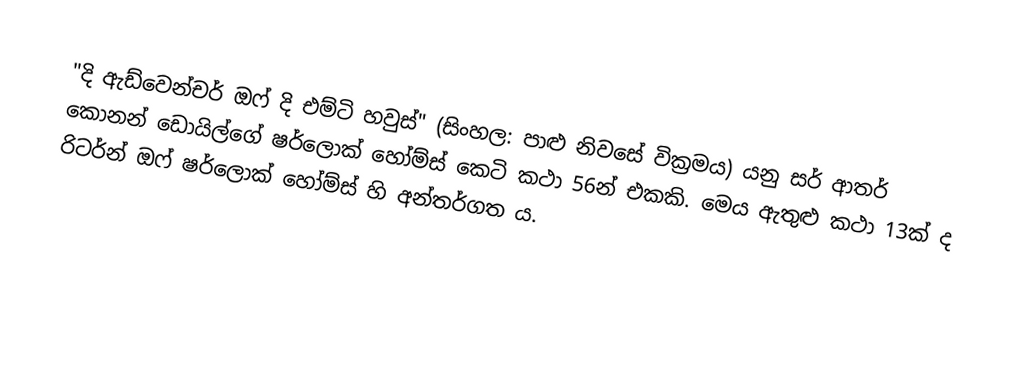
"දි ඇඩ්වෙන්චර් ඔෆ් දි එම්ටි හවුස්" (සිංහල: පාළු නිවසේ වික්‍රමය) ‍යනු සර් ආතර් කොනන් ඩොයිල්ගේ ෂර්ලොක් හෝම්ස් කෙටි කථා 56න් එකකි. මෙය ඇතුළු කථා 13ක් ද රිටර්න් ඔෆ් ෂර්ලොක් හෝම්ස් හි අන්තර්ගත ය.